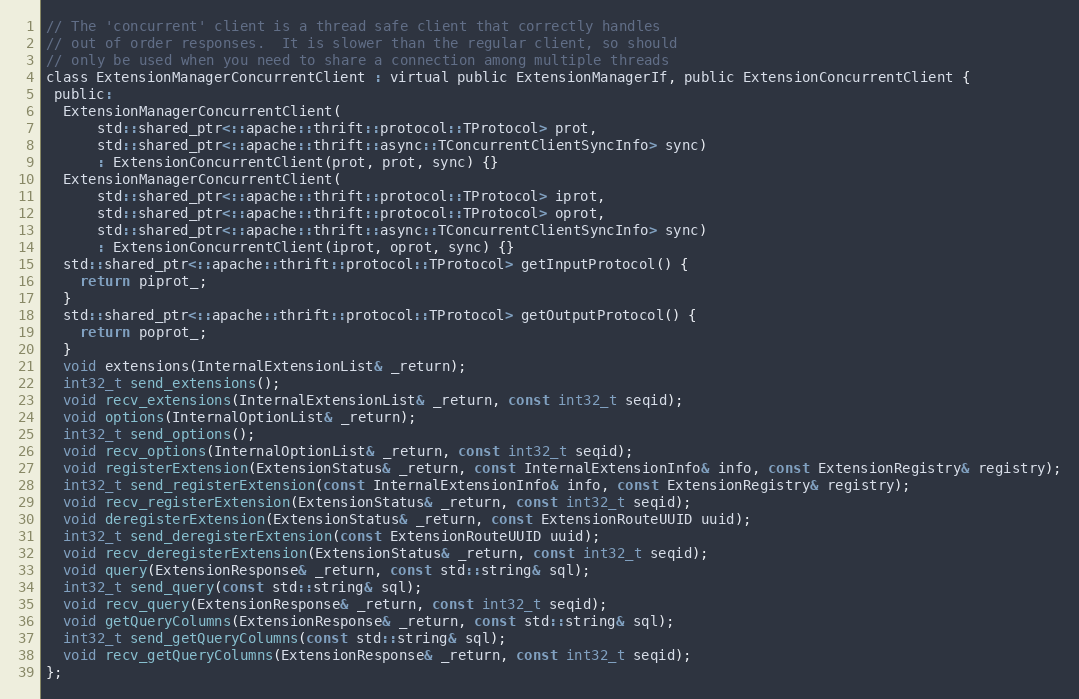
Language: C
// The 'concurrent' client is a thread safe client that correctly handles
// out of order responses.  It is slower than the regular client, so should
// only be used when you need to share a connection among multiple threads
class ExtensionManagerConcurrentClient : virtual public ExtensionManagerIf, public ExtensionConcurrentClient {
 public:
  ExtensionManagerConcurrentClient(
      std::shared_ptr<::apache::thrift::protocol::TProtocol> prot,
      std::shared_ptr<::apache::thrift::async::TConcurrentClientSyncInfo> sync)
      : ExtensionConcurrentClient(prot, prot, sync) {}
  ExtensionManagerConcurrentClient(
      std::shared_ptr<::apache::thrift::protocol::TProtocol> iprot,
      std::shared_ptr<::apache::thrift::protocol::TProtocol> oprot,
      std::shared_ptr<::apache::thrift::async::TConcurrentClientSyncInfo> sync)
      : ExtensionConcurrentClient(iprot, oprot, sync) {}
  std::shared_ptr<::apache::thrift::protocol::TProtocol> getInputProtocol() {
    return piprot_;
  }
  std::shared_ptr<::apache::thrift::protocol::TProtocol> getOutputProtocol() {
    return poprot_;
  }
  void extensions(InternalExtensionList& _return);
  int32_t send_extensions();
  void recv_extensions(InternalExtensionList& _return, const int32_t seqid);
  void options(InternalOptionList& _return);
  int32_t send_options();
  void recv_options(InternalOptionList& _return, const int32_t seqid);
  void registerExtension(ExtensionStatus& _return, const InternalExtensionInfo& info, const ExtensionRegistry& registry);
  int32_t send_registerExtension(const InternalExtensionInfo& info, const ExtensionRegistry& registry);
  void recv_registerExtension(ExtensionStatus& _return, const int32_t seqid);
  void deregisterExtension(ExtensionStatus& _return, const ExtensionRouteUUID uuid);
  int32_t send_deregisterExtension(const ExtensionRouteUUID uuid);
  void recv_deregisterExtension(ExtensionStatus& _return, const int32_t seqid);
  void query(ExtensionResponse& _return, const std::string& sql);
  int32_t send_query(const std::string& sql);
  void recv_query(ExtensionResponse& _return, const int32_t seqid);
  void getQueryColumns(ExtensionResponse& _return, const std::string& sql);
  int32_t send_getQueryColumns(const std::string& sql);
  void recv_getQueryColumns(ExtensionResponse& _return, const int32_t seqid);
};